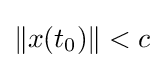
{\textstyle \|x(t_{0})\|<c}